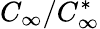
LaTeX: C_{\infty}/C_{\infty}^{*}